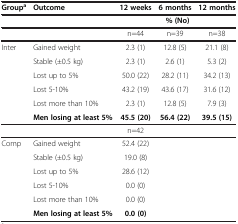
<table><thead><tr><td><b>Group<sup>a</sup></b></td><td><b>Outcome</b></td><td><b>12 weeks</b></td><td><b>6 months</b></td><td><b>12 months</b></td></tr></thead><tbody><tr><td> </td><td> </td><td colspan="3"><b>% (No)</b></td></tr><tr><td> </td><td> </td><td>n=44</td><td>n=39</td><td>n=38</td></tr><tr><td rowspan="6">Inter</td><td>Gained weight</td><td>2.3 (1)</td><td>12.8 (5)</td><td>21.1 (8)</td></tr><tr><td>Stable (±0.5 kg)</td><td>2.3 (1)</td><td>2.6 (1)</td><td>5.3 (2)</td></tr><tr><td>Lost up to 5%</td><td>50.0 (22)</td><td>28.2 (11)</td><td>34.2 (13)</td></tr><tr><td>Lost 5-10%</td><td>43.2 (19)</td><td>43.6 (17)</td><td>31.6 (12)</td></tr><tr><td>Lost more than 10%</td><td>2.3 (1)</td><td>12.8 (5)</td><td>7.9 (3)</td></tr><tr><td><b>Men losing at least 5%</b></td><td><b>45.5 (20)</b></td><td><b>56.4 (22)</b></td><td><b>39.5 (15)</b></td></tr><tr><td> </td><td> </td><td>n=42</td><td> </td><td> </td></tr><tr><td rowspan="6">Comp</td><td>Gained weight</td><td>52.4 (22)</td><td> </td><td> </td></tr><tr><td>Stable (±0.5 kg)</td><td>19.0 (8)</td><td> </td><td> </td></tr><tr><td>Lost up to 5%</td><td>28.6 (12)</td><td> </td><td> </td></tr><tr><td>Lost 5-10%</td><td>0.0 (0)</td><td> </td><td> </td></tr><tr><td>Lost more than 10%</td><td>0.0 (0)</td><td> </td><td> </td></tr><tr><td><b>Men losing at least 5%</b></td><td><b>0.0 (0)</b></td><td> </td><td> </td></tr></tbody></table>